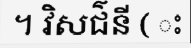
។ វិសជ៌នី ( ះ